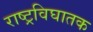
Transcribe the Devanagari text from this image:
राष्ट्रविघातक